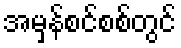
အမှန်စင်စစ်တွင်